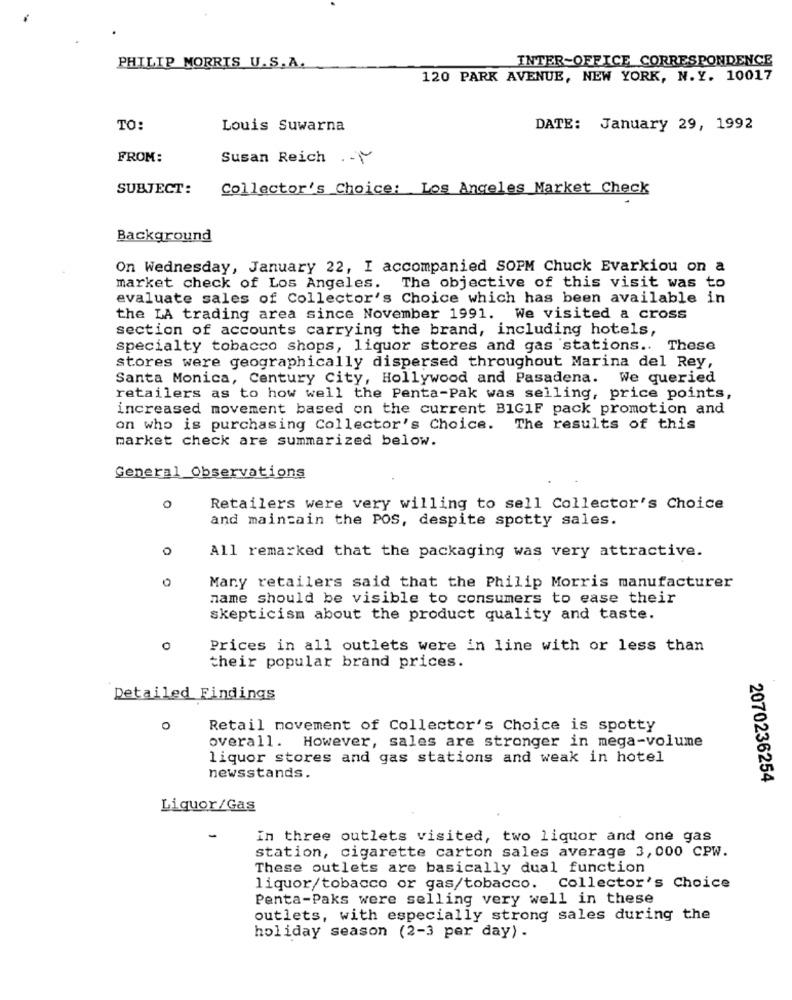
INTER-OFFICE CORRESPONDENCE
PHILIP MORRIS U.S.A.
120 PARK AVENUE, NEW YORK, N. Y. 10017
TO:
Louis Suwarna
DATE: January 29, 1992
FROM:
Susan Reich .-~
SUBJECT:
Collector's Choice: Los Angeles Market Check
Background
On Wednesday, January 22, I accompanied SOPM Chuck Evarkiou on a
market check of Los Angeles. The objective of this visit was to
evaluate sales of Collector's Choice which has been available in
the LA trading area since November 1991. We visited a cross
section of accounts carrying the brand, including hotels,
specialty tobacco shops, liquor stores and gas stations .. These
stores were geographically dispersed throughout Marina del Rey,
Santa Monica, Century City, Hollywood and Pasadena. We queried
retailers as to how well the Penta-Pak was selling, price points,
increased movement based on the current BIGIF pack promotion and
on who is purchasing Collector's Choice.
The results of this
market check are summarized below.
General Observations
0
Retailers were very willing to sell Collector's Choice
and maintain the POS, despite spotty sales.
0
All remarked that the packaging was very attractive.
Many retailers said that the Philip Morris manufacturer
name should be visible to consumers to ease their
skepticism about the product quality and taste.
O
Prices in all outlets were in line with or less than
their popular brand prices.
Detailed Findings
0
Retail movement of Collector's Choice is spotty
overall. However, sales are stronger in mega-volume
liquor stores and gas stations and weak in hotel
newsstands.
2070236254
Liquor/Gas
-
in three outlets visited, two liquor and one gas
station, cigarette carton sales average 3,000 CPW.
These outlets are basically dual function
liquor/tobacco or gas/tobacco. Collector's Choice
Penta-Paks were selling very well in these
outlets, with especially strong sales during the
holiday season (2-3 per day) .